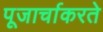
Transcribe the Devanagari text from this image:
पूजार्चाकरते